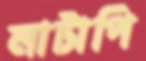
লাটাপি